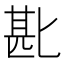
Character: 𫧈